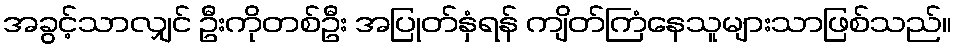
အခွင့်သာလျှင် ဦးကိုတစ်ဦး အပြုတ်နှံရန် ကျိတ်ကြံနေသူများသာဖြစ်သည်။